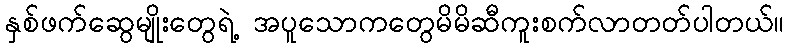
နှစ်ဖက်ဆွေမျိုးတွေရဲ့ အပူသောကတွေမိမိဆီကူးစက်လာတတ်ပါတယ်။